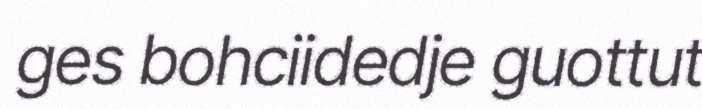
ges bohciidedje guottut